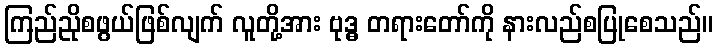
ကြည်ညိုစဖွယ်ဖြစ်လျက် လူတို့အား ဗုဒ္ဓ တရားတော်ကို နားလည်စပြုစေသည်။